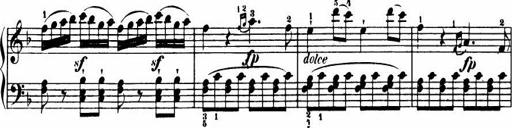
Title: Le bouquetier
Composer: Anton Diabelli
Key: G major
 C major
 F major
 C major